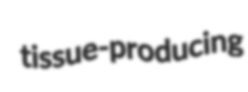
tissue-producing